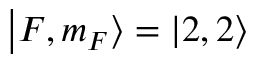
\left| F , m _ { F } \right\rangle = \left| 2 , 2 \right\rangle